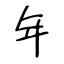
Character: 年